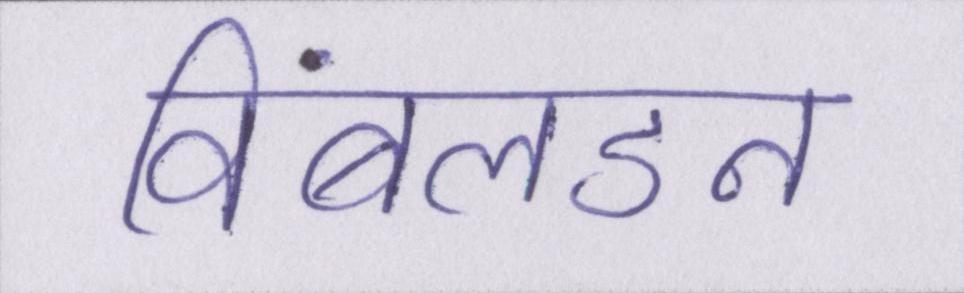
विंबलडन